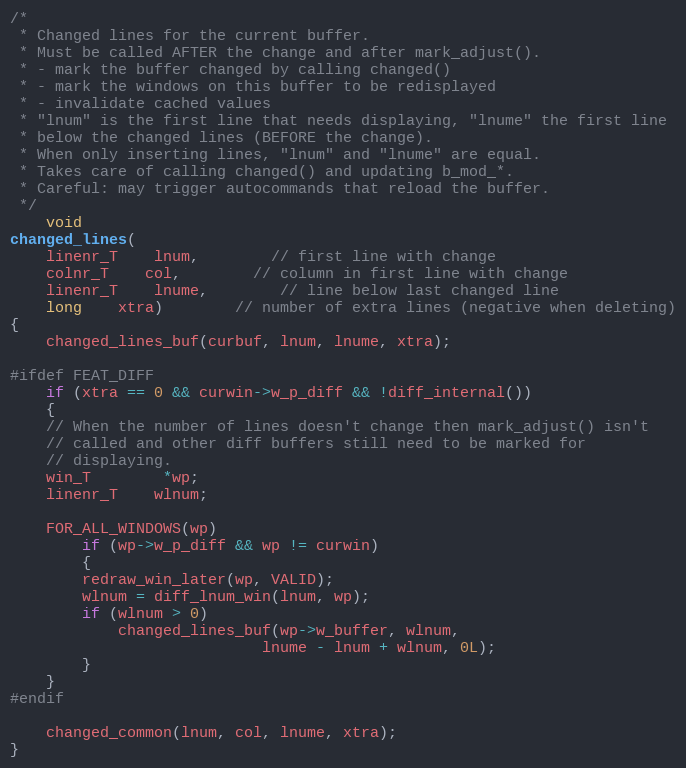
Language: C
/*
 * Changed lines for the current buffer.
 * Must be called AFTER the change and after mark_adjust().
 * - mark the buffer changed by calling changed()
 * - mark the windows on this buffer to be redisplayed
 * - invalidate cached values
 * "lnum" is the first line that needs displaying, "lnume" the first line
 * below the changed lines (BEFORE the change).
 * When only inserting lines, "lnum" and "lnume" are equal.
 * Takes care of calling changed() and updating b_mod_*.
 * Careful: may trigger autocommands that reload the buffer.
 */
    void
changed_lines(
    linenr_T	lnum,	    // first line with change
    colnr_T	col,	    // column in first line with change
    linenr_T	lnume,	    // line below last changed line
    long	xtra)	    // number of extra lines (negative when deleting)
{
    changed_lines_buf(curbuf, lnum, lnume, xtra);

#ifdef FEAT_DIFF
    if (xtra == 0 && curwin->w_p_diff && !diff_internal())
    {
	// When the number of lines doesn't change then mark_adjust() isn't
	// called and other diff buffers still need to be marked for
	// displaying.
	win_T	    *wp;
	linenr_T    wlnum;

	FOR_ALL_WINDOWS(wp)
	    if (wp->w_p_diff && wp != curwin)
	    {
		redraw_win_later(wp, VALID);
		wlnum = diff_lnum_win(lnum, wp);
		if (wlnum > 0)
		    changed_lines_buf(wp->w_buffer, wlnum,
						    lnume - lnum + wlnum, 0L);
	    }
    }
#endif

    changed_common(lnum, col, lnume, xtra);
}